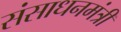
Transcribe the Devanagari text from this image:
संसाधनमंत्री